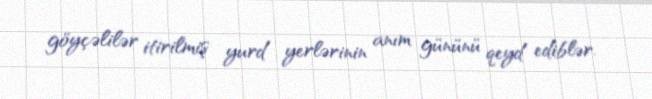
göyçəlilər itirilmiş yurd yerlərinin anım gününü qeyd ediblər.